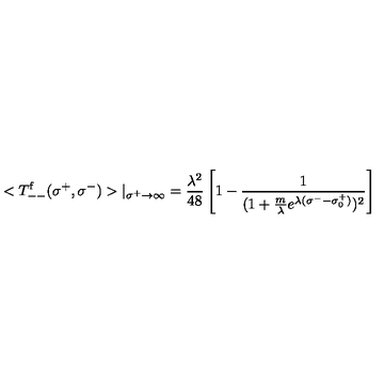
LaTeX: < T _ { -- } ^ { \mathrm { f } } ( \sigma ^ { + } , \sigma ^ { - } ) > | _ { \sigma ^ { + } \rightarrow \infty } = \frac { \lambda ^ { 2 } } { 4 8 } \left[ 1 - \frac { 1 } { ( 1 + \frac { m } { \lambda } e ^ { \lambda ( \sigma ^ { - } - \sigma _ { 0 } ^ { + } ) } ) ^ { 2 } } \right]